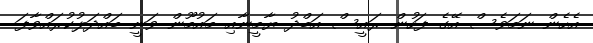
އެހެން ނަމަވެސް އޭގެ ފަހުން ރައީސް އަބްދު ޔާމީނާއި މައުމޫން ވަނީ ބައްދަލުކުރައްވާފަ